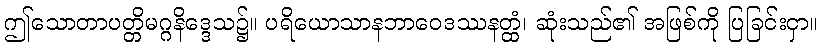
ဤသောတာပတ္တိမဂ္ဂနိဒ္ဒေသ၌။ ပရိယောသာနဘာဝေဒဿနတ္ထံ၊ ဆုံးသည်၏ အဖြစ်ကို ပြခြင်းငှာ။